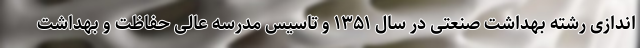
اندازی رشته بهداشت صنعتی در سال ۱۳۵۱ و تاسیس مدرسه عالی حفاظت و بهداشت